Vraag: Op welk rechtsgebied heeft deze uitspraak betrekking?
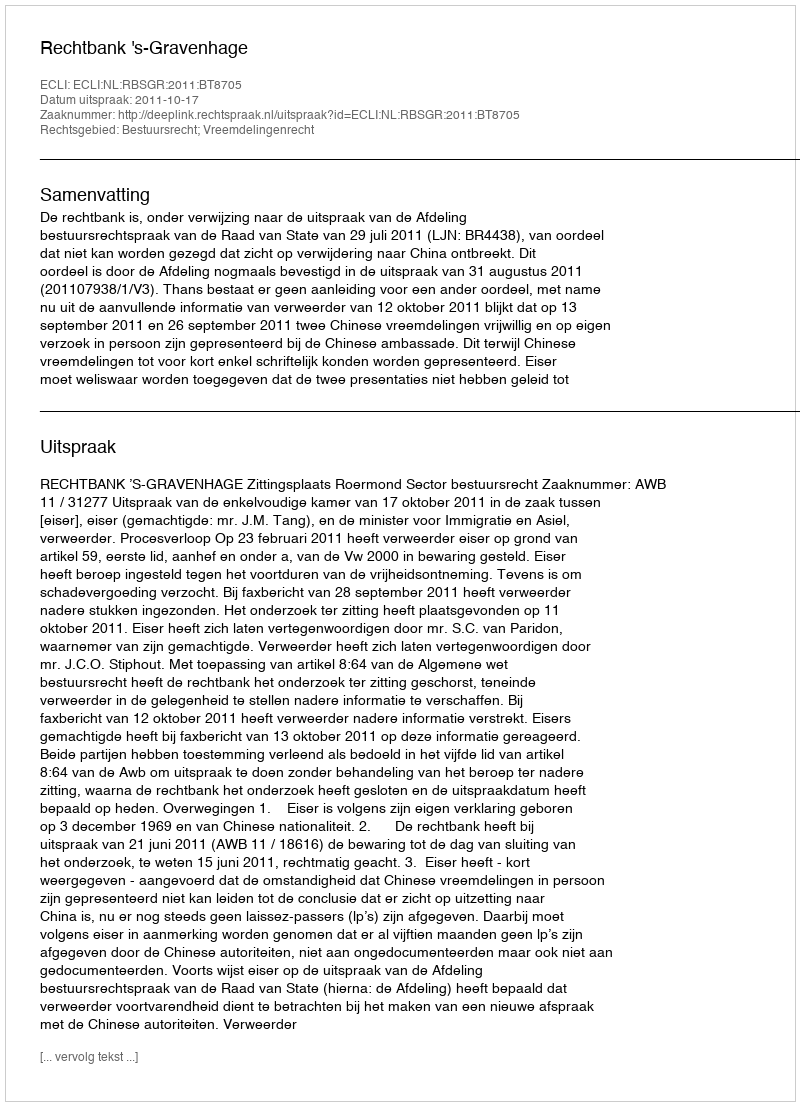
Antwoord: Bestuursrecht; Vreemdelingenrecht